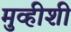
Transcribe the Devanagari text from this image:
मुव्हीशी